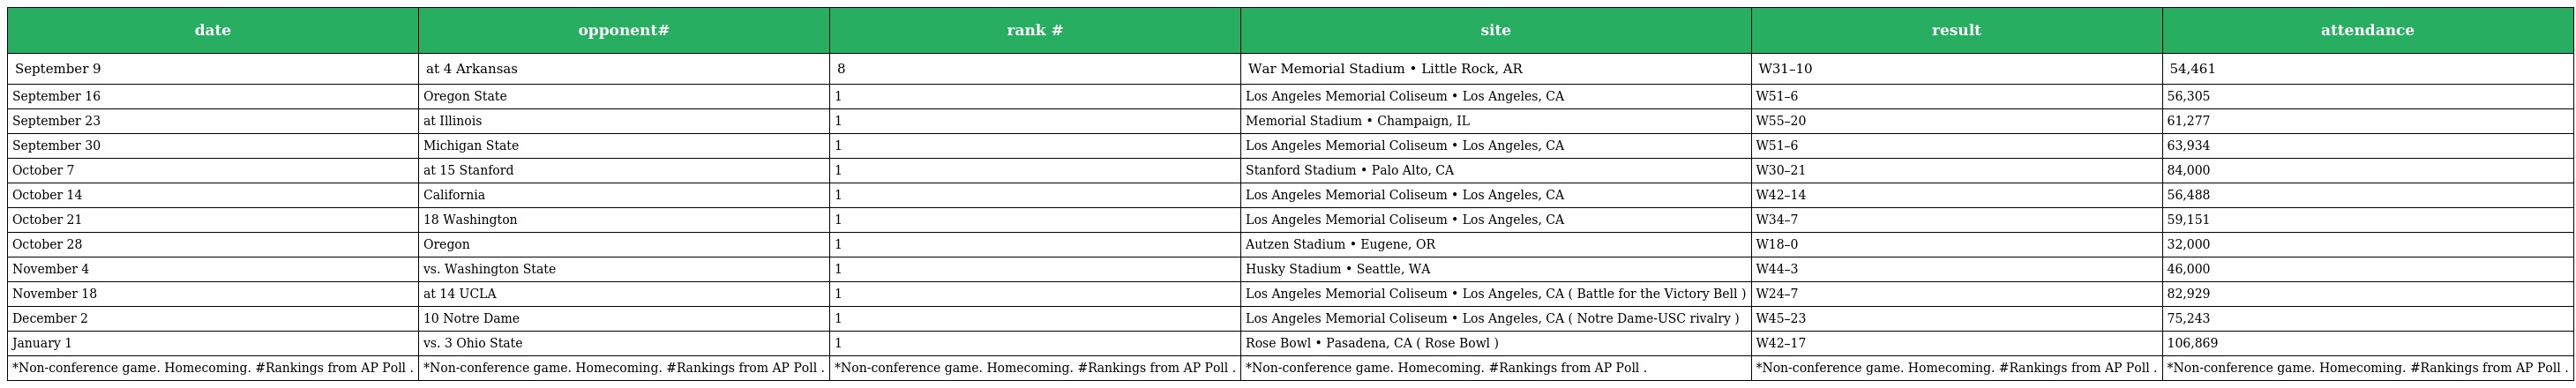
| date | opponent# | rank # | site | result | attendance |
 | --- | --- | --- | --- | --- | --- |
 | September 9 | at 4 Arkansas | 8 | War Memorial Stadium • Little Rock, AR | W31–10 | 54,461 |
 | September 16 | Oregon State | 1 | Los Angeles Memorial Coliseum • Los Angeles, CA | W51–6 | 56,305 |
 | September 23 | at Illinois | 1 | Memorial Stadium • Champaign, IL | W55–20 | 61,277 |
 | September 30 | Michigan State | 1 | Los Angeles Memorial Coliseum • Los Angeles, CA | W51–6 | 63,934 |
 | October 7 | at 15 Stanford | 1 | Stanford Stadium • Palo Alto, CA | W30–21 | 84,000 |
 | October 14 | California | 1 | Los Angeles Memorial Coliseum • Los Angeles, CA | W42–14 | 56,488 |
 | October 21 | 18 Washington | 1 | Los Angeles Memorial Coliseum • Los Angeles, CA | W34–7 | 59,151 |
 | October 28 | Oregon | 1 | Autzen Stadium • Eugene, OR | W18–0 | 32,000 |
 | November 4 | vs. Washington State | 1 | Husky Stadium • Seattle, WA | W44–3 | 46,000 |
 | November 18 | at 14 UCLA | 1 | Los Angeles Memorial Coliseum • Los Angeles, CA ( Battle for the Victory Bell ) | W24–7 | 82,929 |
 | December 2 | 10 Notre Dame | 1 | Los Angeles Memorial Coliseum • Los Angeles, CA ( Notre Dame-USC rivalry ) | W45–23 | 75,243 |
 | January 1 | vs. 3 Ohio State | 1 | Rose Bowl • Pasadena, CA ( Rose Bowl ) | W42–17 | 106,869 |
 | *Non-conference game. Homecoming. #Rankings from AP Poll . | *Non-conference game. Homecoming. #Rankings from AP Poll . | *Non-conference game. Homecoming. #Rankings from AP Poll . | *Non-conference game. Homecoming. #Rankings from AP Poll . | *Non-conference game. Homecoming. #Rankings from AP Poll . | *Non-conference game. Homecoming. #Rankings from AP Poll . |